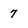
Character: 7